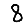
Digit: 8